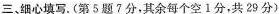
三、细心填写。(第5题7分，其余每个空1分，共29分)